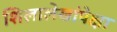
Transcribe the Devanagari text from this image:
शिलालेखांपेक्षा